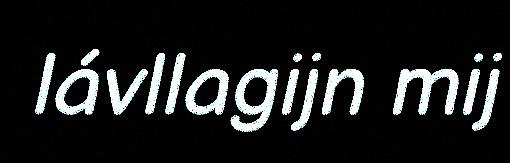
lávllagijn mij